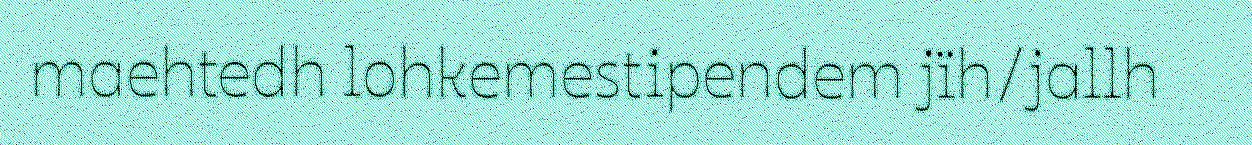
maehtedh lohkemestipendem jïh/jallh